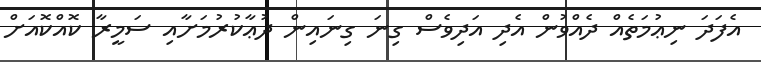
އެފަދަ ނިޢުމަތެއް ދެއްވުން އެދި އަދިވެސް ގިނަ ގިނައިން ދުޢާކުރުމަށާއި ސަމީރާ ކޮއްކޮއަށް